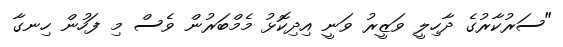
"ސަރުކާރުގެ ދާހިލީ ވަޒީރު ވަނީ އިދިކޮޅު މެމްބަރުން ވެސް މި ފަހުން ހިނގާ